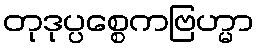
တုဒုပ္ပစ္စေကဗြဟ္မာ